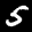
Label: 5